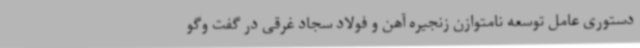
دستوری عامل توسعه نامتوازن زنجیره آهن و فولاد سجاد غرقی در گفت وگو